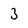
Character: 3